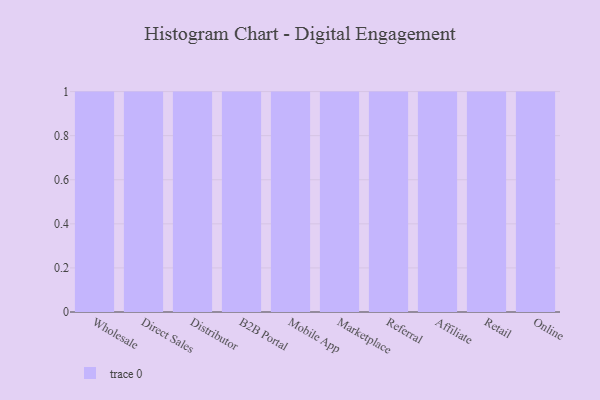
{"axis": {"x": "Channel", "y": "Energy Usage (MWh)"}, "legend": [""], "data": [{"x": "Wholesale", "y": 66, "type": ""}, {"x": "Direct Sales", "y": 10, "type": ""}, {"x": "Distributor", "y": 100, "type": ""}, {"x": "B2B Portal", "y": 55, "type": ""}, {"x": "Mobile App", "y": 20, "type": ""}, {"x": "Marketplace", "y": 100, "type": ""}, {"x": "Referral", "y": 30, "type": ""}, {"x": "Affiliate", "y": 77, "type": ""}, {"x": "Retail", "y": 71, "type": ""}, {"x": "Online", "y": 96, "type": ""}]}